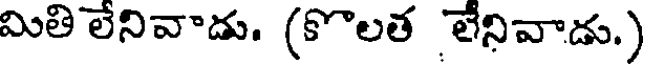
మితి లేనివాడు. (కొలత లేనివాడు.)